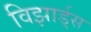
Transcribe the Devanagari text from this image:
विझार्ड्‌स